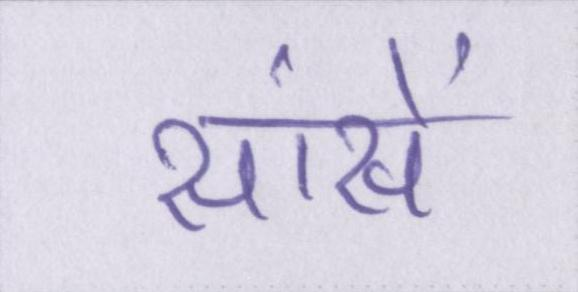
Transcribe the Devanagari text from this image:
सांसें